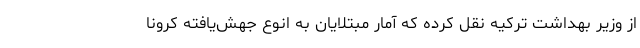
از وزیر بهداشت ترکیه نقل کرده که آمار مبتلایان به انوع جهش‌یافته کرونا